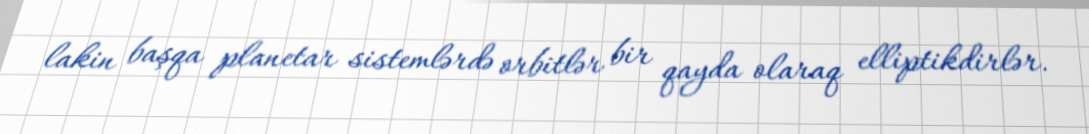
lakin başqa planetar sistemlərdə orbitlər bir qayda olaraq elliptikdirlər.